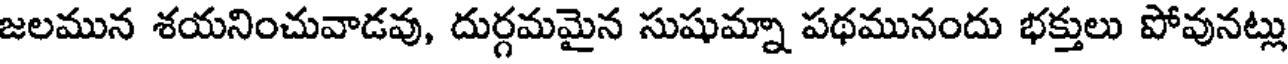
జలమున శయనించువాడవు, దుర్గమమైన సుషుమ్నా పథమునందు భక్తులు పోవునట్లు